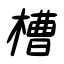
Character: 槽